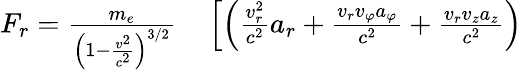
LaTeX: \begin{array}{rl}{F_{r}=\frac{m_{e}}{\left(1-\frac{v^{2}}{c^{2}}\right)^{3/2}}}&{{}\left[\left(\frac{v_{r}^{2}}{c^{2}}a_{r}+\frac{v_{r}v_{\varphi}a_{\varphi}}{c^{2}}+\frac{v_{r}v_{z}a_{z}}{c^{2}}\right)\right.}\end{array}